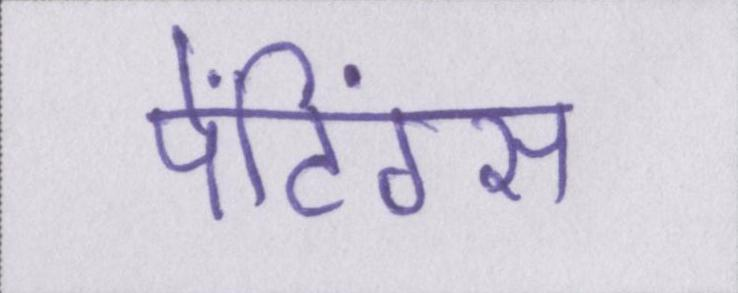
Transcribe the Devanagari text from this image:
पेंटिंग्स